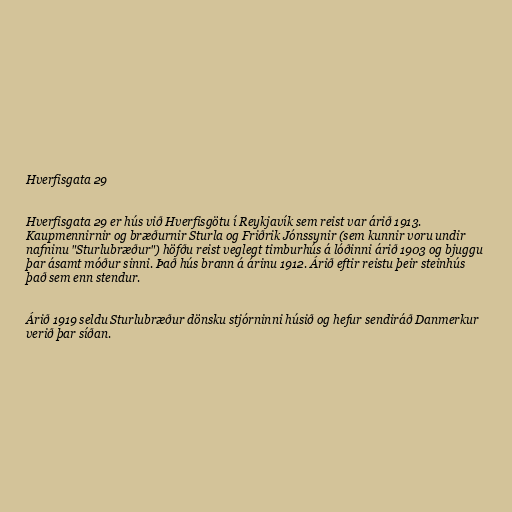
Hverfisgata 29

Hverfisgata 29 er hús við Hverfisgötu í Reykjavík sem reist var árið 1913.
Kaupmennirnir og bræðurnir Sturla og Friðrik Jónssynir (sem kunnir voru undir
nafninu "Sturlubræður") höfðu reist veglegt timburhús á lóðinni árið 1903 og bjuggu
þar ásamt móður sinni. Það hús brann á árinu 1912. Árið eftir reistu þeir steinhús
það sem enn stendur.

Árið 1919 seldu Sturlubræður dönsku stjórninni húsið og hefur sendiráð Danmerkur
verið þar síðan.